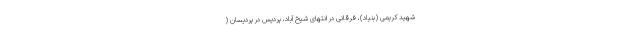
شهید کریمی (بنیاد)، فرقانی در انتهای شیخ آباد، پردیس در پردیسان (